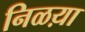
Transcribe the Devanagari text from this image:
निळय़ा